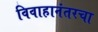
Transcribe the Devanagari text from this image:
विवाहानंतरचा